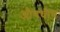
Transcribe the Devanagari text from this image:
अौषधीय